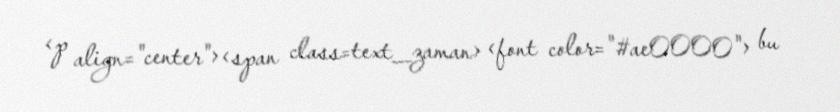
<p align="center"><span class=text_zaman> <font color="#ae0000"> bu